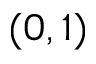
( 0 , 1 )